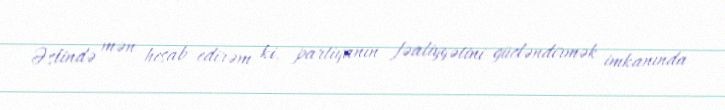
Əslində mən hesab edirəm ki, partiyanın fəaliyyətini gücləndirmək imkanında